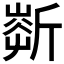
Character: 𣂹